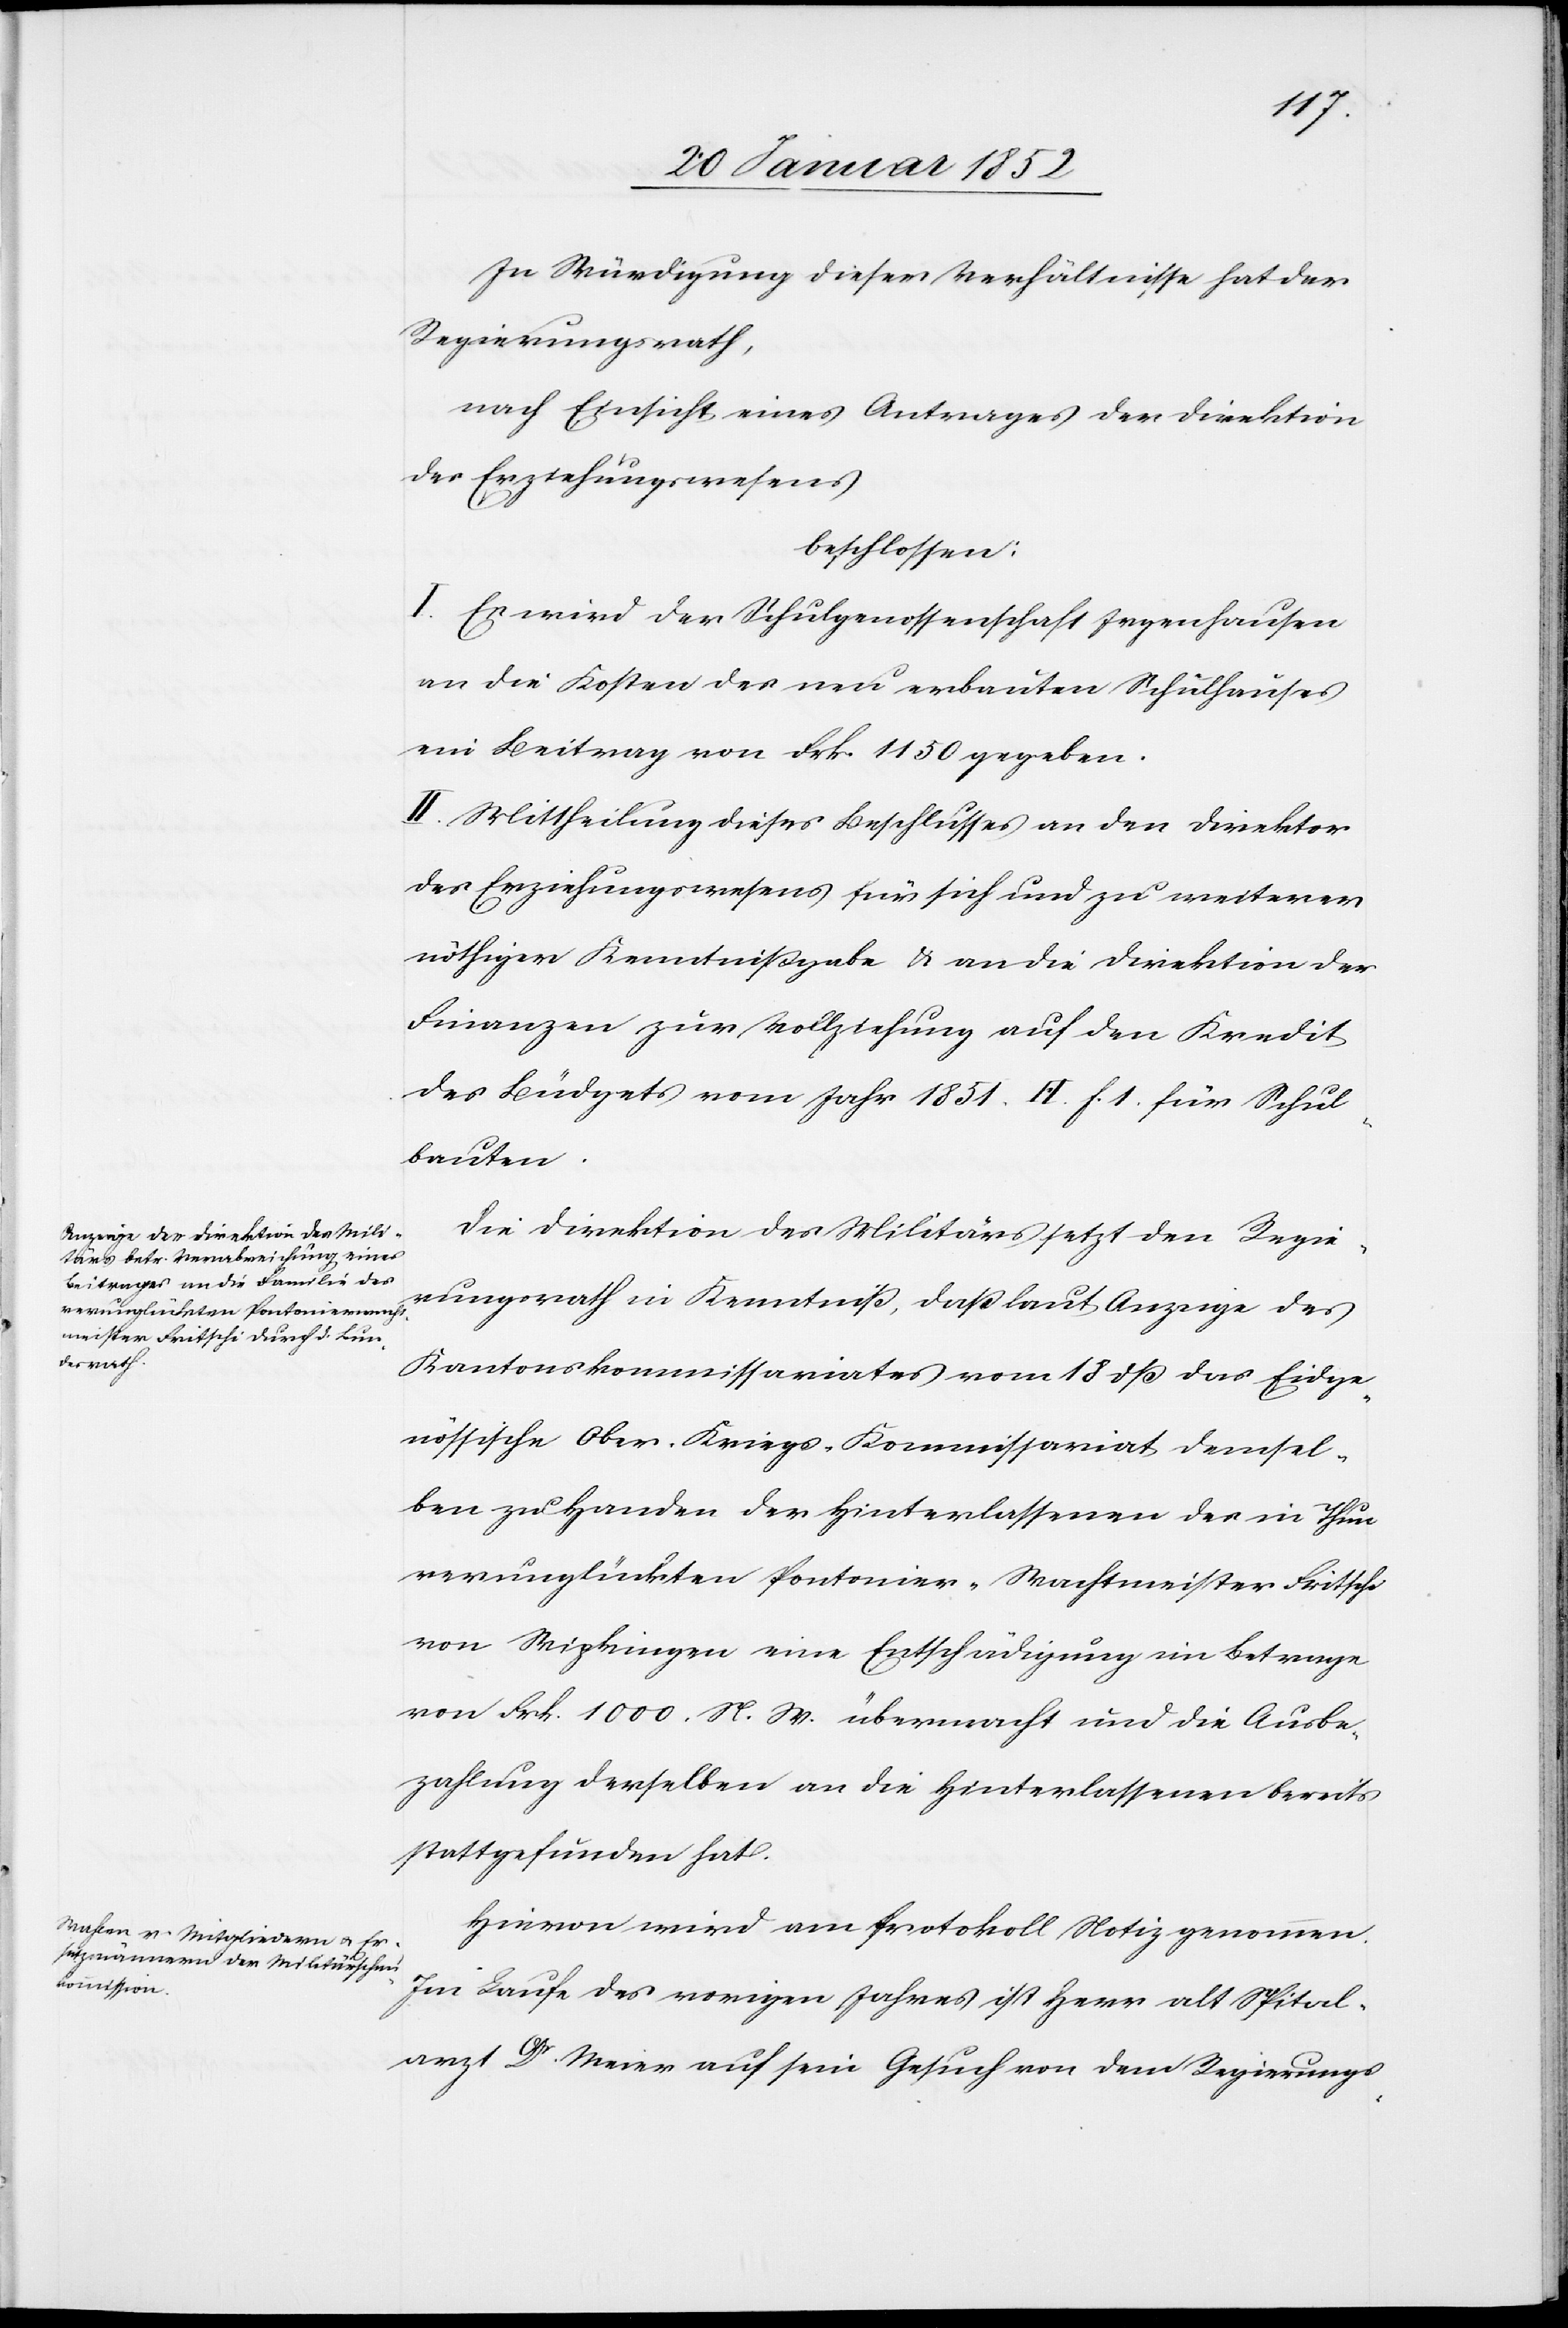
In Würdigung dieser Verhältnisse hat der
Regierungsrath,
nach Einsicht eines Antrages der Direktion
des Erziehungswesens
beschlossen:
I. Es wird der Schulgenossenschaft Irgenhausen
an die Kosten des neu erbauten Schulhauses
ein Beitrag von Frk. 1150 gegeben.
II. Mittheilung dieses Beschlußes an den Direktor
des Erziehungswesens für sich und zu weiterer
nöthiger Kenntnißgabe u. an die Direktion der
Finanzen zur Vollziehung auf den Kredit
des Büdgets vom Jahr 1851. H. f. 1. für Schul¬
bauten.
Die Direktion des Militärs setzt den Regie¬
rungsrath in Kenntniß, daß laut Anzeige des
Kantonskommissariates vom 18 dß das Eidge¬
nössische Ober-Kriegs-Kommissariat demsel¬
ben zu Handen der Hinterlassenen der in Thun
verunglückten Pontonier-Wachtmeister Fritsche
von Wipkingen eine Entschädigung im Betrage
von Frk. 1000. N. W. übermacht und die Ausbe¬
zahlung derselben an die Hinterlassenen bereits
stattgefunden hat.
Hiervon wird am Protokoll Notiz genommen.
Im Laufe des vorigen Jahres ist Herr alt Spital¬
arzt Dr. Meier auf sein Gesuch von dem Regierungs-